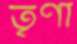
তৃণা